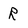
Character: R